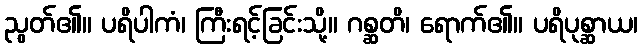
ညွတ်၏။ ပရိပါကံ၊ ကြီးရင့်ခြင်းသို့။ ဂစ္ဆတိ၊ ရောက်၏။ ပရိပုစ္ဆာယ၊